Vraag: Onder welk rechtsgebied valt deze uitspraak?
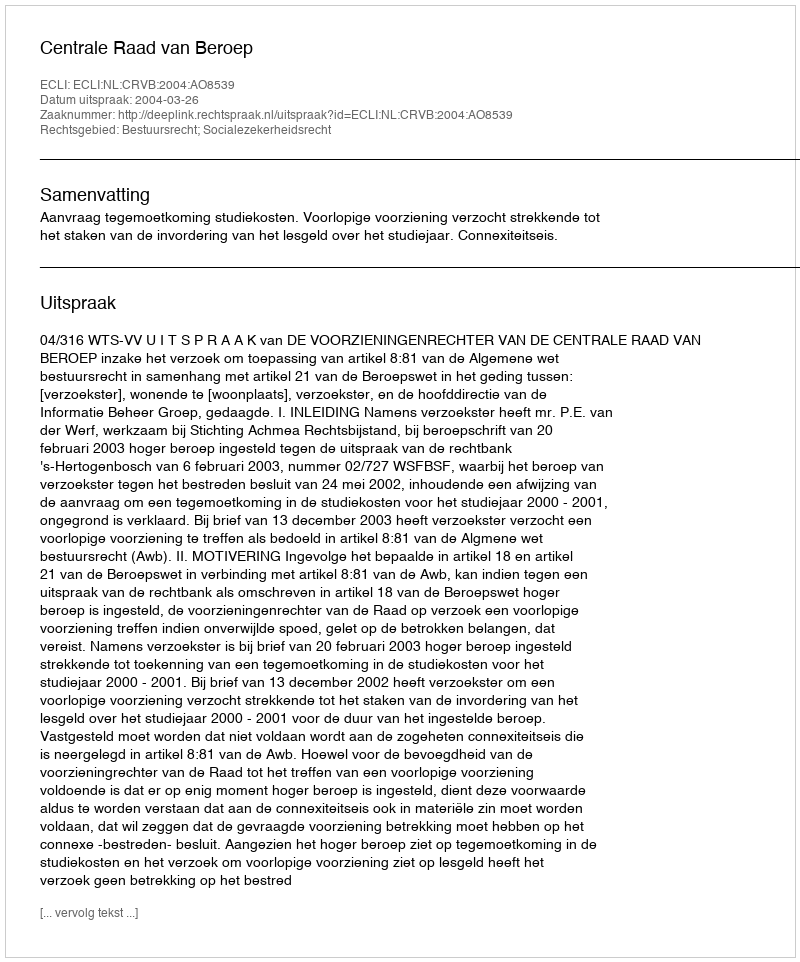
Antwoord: Bestuursrecht; Socialezekerheidsrecht